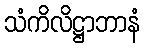
သံကိလိဋ္ဌာဘာနံ